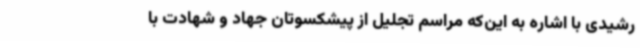
رشیدی با اشاره به این‌که مراسم تجلیل از پیشکسوتان جهاد و شهادت با